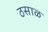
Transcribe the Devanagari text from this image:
ठसाळ